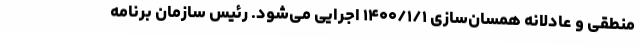
منطقی و عادلانه همسان‌سازی ۱۴۰۰/۱/۱ اجرایی می‌شود. رئیس سازمان برنامه